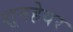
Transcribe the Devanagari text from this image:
शूनहेयर